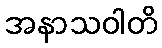
အနာသဝါတိ